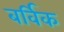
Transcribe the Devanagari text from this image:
बर्विक